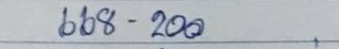
668 - 200